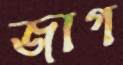
জাগ